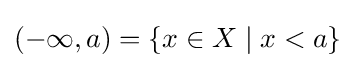
(-\infty ,a)=\{x\in X\mid x<a\}